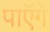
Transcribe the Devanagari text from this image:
पाएॅगें